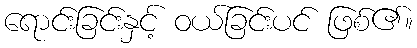
ရောင်းခြင်းနှင့် ဝယ်ခြင်းပင် ဖြစ်၏။